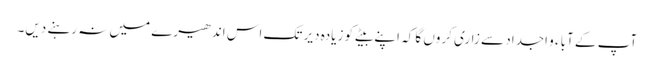
آپ کے آباء و اجداد سے زاری کروں گا کہ اپنے بیٹے کو زیادہ دیر تک اس اندھیرے میں نہ رہنے دیں۔